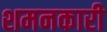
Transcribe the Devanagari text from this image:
शमनकारी